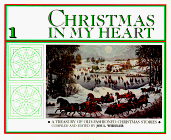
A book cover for Christmas in My Heart, Bk 1 (Vol 1); Joe L., PH.D. Wheeler; Christian Books & Bibles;